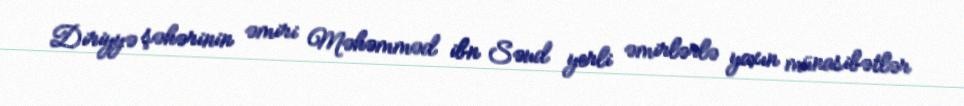
Diriyyə şəhərinin əmiri Məhəmməd ibn Səud yerli əmirlərlə yaxın münasibətlər